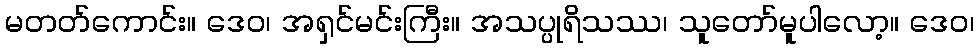
မတတ်ကောင်း။ ဒေဝ၊ အရှင်မင်းကြီး။ အသပ္ပုရိသဿ၊ သူတော်မူပါလော့။ ဒေဝ၊